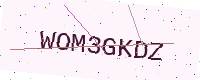
Text: WOM3GKDZ